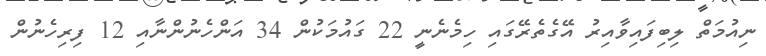
ނިއުމަތް ލިބިފައިވާއިރު އޭގެތެރޭގައި ހިމެނެނީ 22 ގައުމަކުން 34 އަންހެނުންނާއި 12 ފިރިހެނުން